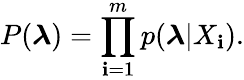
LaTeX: P(\boldsymbol{\lambda})=\prod_{\mathbf{i}=1}^{m}p(\boldsymbol{\lambda}|X_{\mathbf{i}}).